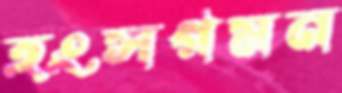
হংসগমন